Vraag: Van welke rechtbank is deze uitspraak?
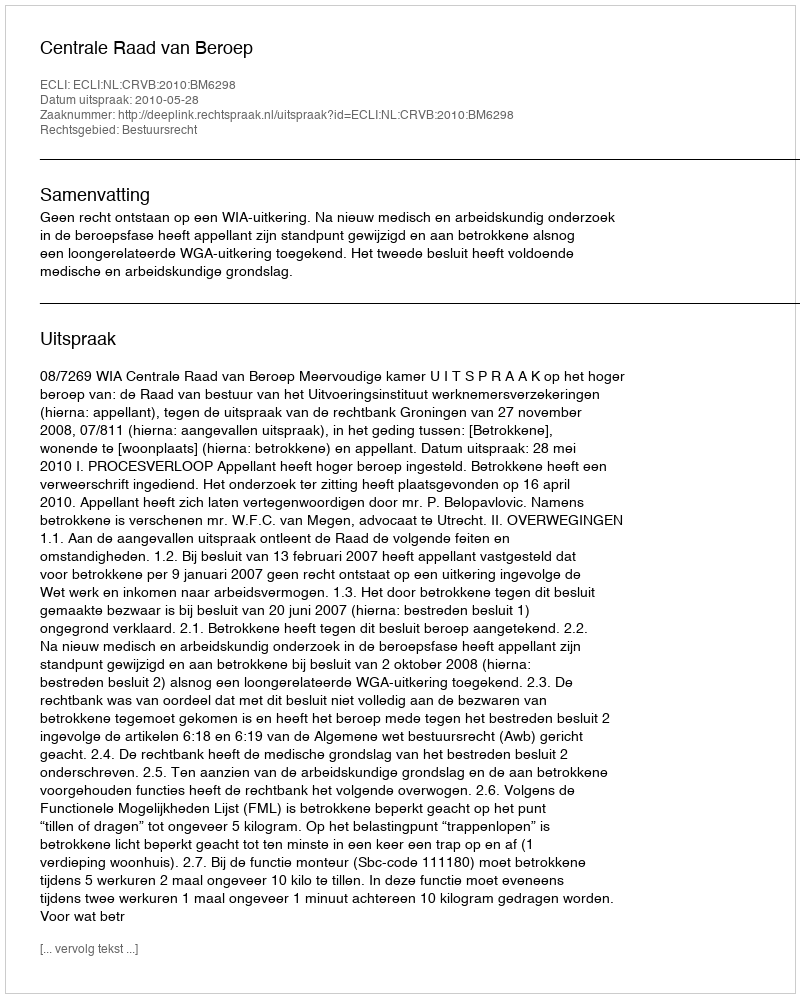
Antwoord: Centrale Raad van Beroep